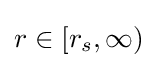
r\in [r_{s},\infty )